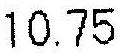
10.75